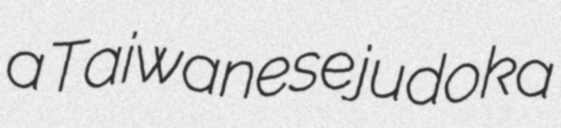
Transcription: a Taiwanese judoka